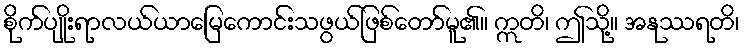
စိုက်ပျိုးရာလယ်ယာမြေကောင်းသဖွယ်ဖြစ်တော်မူ၏။ ဣတိ၊ ဤသို့။ အနုဿရတိ၊